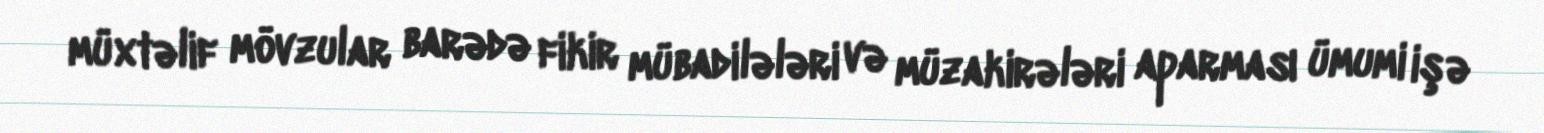
müxtəlif mövzular barədə fikir mübadilələri və müzakirələri aparması ümumi işə